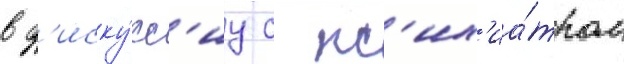
в д'иску́сс'иу с пс'их'иа́тром